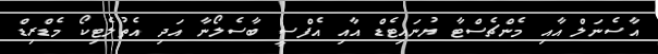
އާސެނަލް އާއި މެންޗެސްޓާ ޔުނައިޓެޑް އާއި އެފްސީ ބާސެލޯނާ އަދި އެތުލެޓިކޯ މެޑްރިޑް